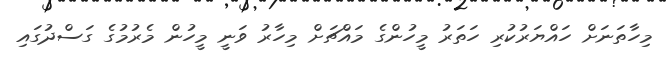
މިހާތަނަށް ހައްޔަރުކުރި ހަތަރު މީހުންގެ މައްޗަށް މިހާރު ވަނީ މީހުން މެރުމުގެ ގަސްދުގައި